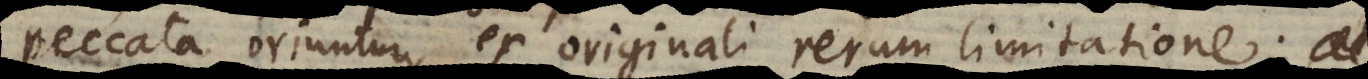
Peccata oriuntur ex originali rerum limitatione.